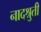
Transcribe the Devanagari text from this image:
नादश्रुती